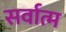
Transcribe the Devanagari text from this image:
सर्वात्म